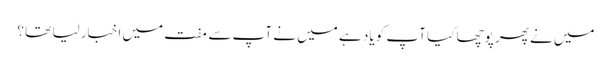
میں نے پھر پوچھا کیا آپ کو یاد ہے میں نے آپ سے مفت میں اخبار لیا تھا ؟